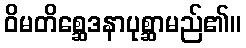
ဝိမတိစ္ဆေဒနာပုစ္ဆာမည်၏။